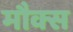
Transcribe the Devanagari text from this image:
मौक्स